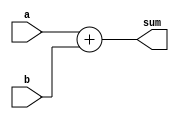
/* 
 * Team Id: 3eYRC#AB#3265
 * Author List: Md Faizan, Sudhanshu Ranjan, Sumit Saroj, Saurabh Kumar
 * Filename: adder 
 * Theme: Astro Tinker Bot 
 * Functions: adder 
 * Global Variables: None
 */

// adder.v - logic for adder

module adder #(parameter WIDTH = 32) (
    input       [WIDTH-1:0] a, b,
    output      [WIDTH-1:0] sum
);

assign sum = a + b;

endmodule